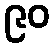
၉၀